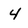
Character: 4